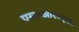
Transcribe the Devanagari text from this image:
एस०आर०एस०